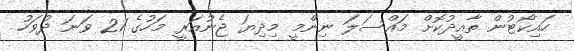
ހައިކޯޓުން ތާއީދުކޮށް މައްސަލަ ނިންމީ މިދިޔަ ޖެނުއަރީ މަހުގެ 21 ވަނަ ދުވަހު